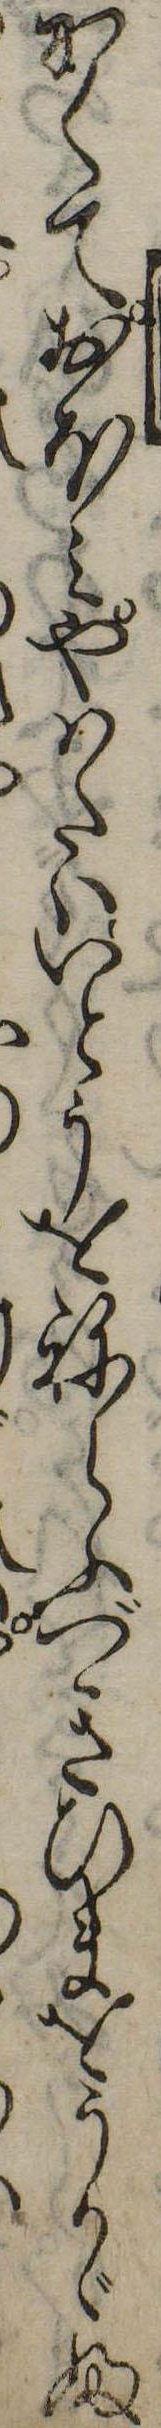
かくておほみやはたはいとうをねらふべきひまをうかゞふ